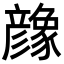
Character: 𢒶